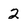
Character: 2